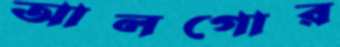
আলগোর